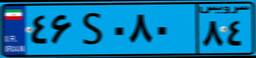
۴۶S۰۸۰۸۴